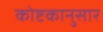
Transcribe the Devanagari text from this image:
कोष्टकानुसार